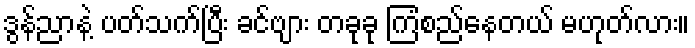
ဒွန်ညာနဲ့ ပတ်သက်ပြီး ခင်ဗျား တခုခု ကြံစည်နေတယ် မဟုတ်လား။